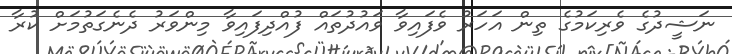
ނަޝީދުގެ ވެރިކަމުގެ ތިން އަހަރު ވެފައިވާ ވައުދުތައް ފުއްދިފައިވާ މިންވަރު ދެނެގަތުމަށް ކުރާ